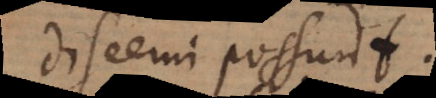
discerni possunt.